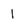
Character: 1